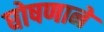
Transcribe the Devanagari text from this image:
घोषणाने